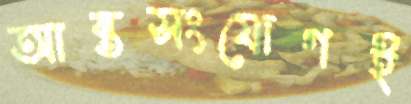
আন্তসংযোগই